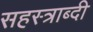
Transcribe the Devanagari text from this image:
सहस्‍त्राब्दी